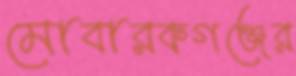
মোবারকগঞ্জের